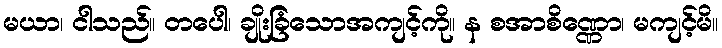
မယာ၊ ငါသည်။ တပေါ၊ ချိုးခြံသောအကျင့်ကို။ န စအာစိဏ္ဏော၊ မကျင့်မိ။